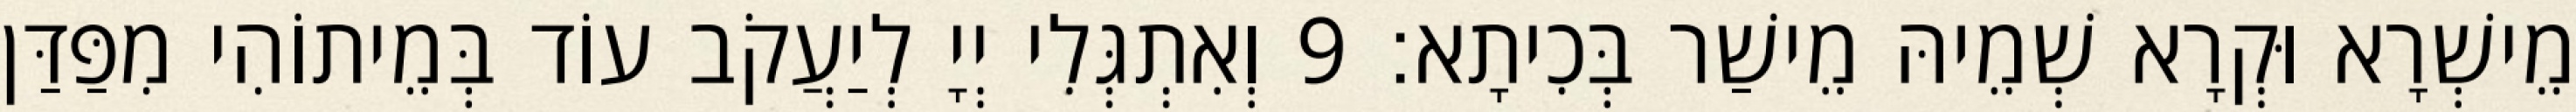
מֵישְׁרָא וּקְרָא שְׁמֵיהּ מֵישַׁר בְּכִיתָא׃ 9 וְאִתְגְּלִי יְיָ לְיַעֲקֹב עוֹד בְּמֵיתוֹהִי מִפַּדַּן